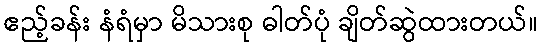
ဧည့်ခန်း နံရံမှာ မိသားစု ဓါတ်ပုံ ချိတ်ဆွဲထားတယ်။